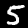
Label: 5